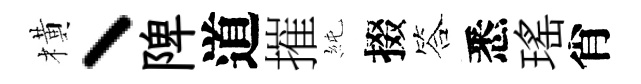
橫丶陴道摧純掇答悉瑤肖